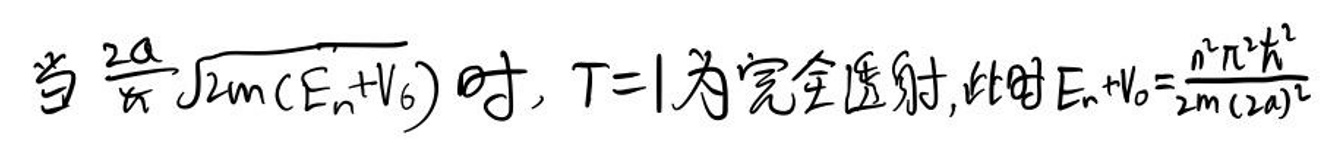
当\(\frac{2a}{\pi} \int \sqrt{2m(E_n + V_0)} dt\)，\(T = 1\)为完全透射，此时\(E_n + V_0 = \frac{n^2 \pi^2 \hbar^2}{2m(2a)^2}\)